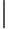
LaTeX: \lvert